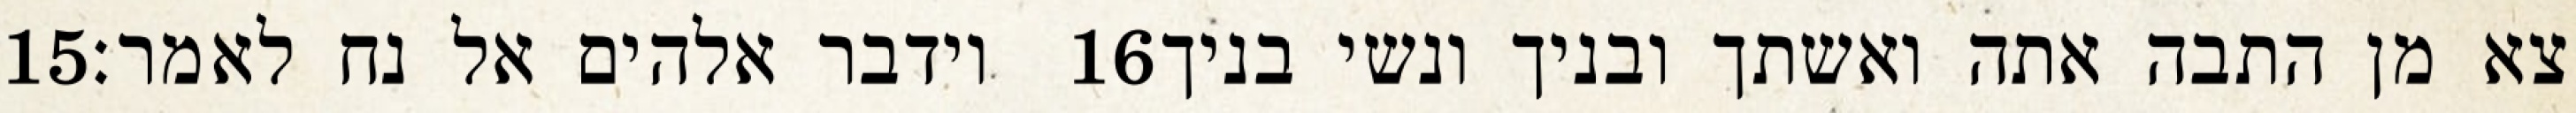
‎15‏ וידבר אלהים אל נח לאמר׃ ‎16‏ צא מן התבה אתה ואשתך ובניך ונשי בניך